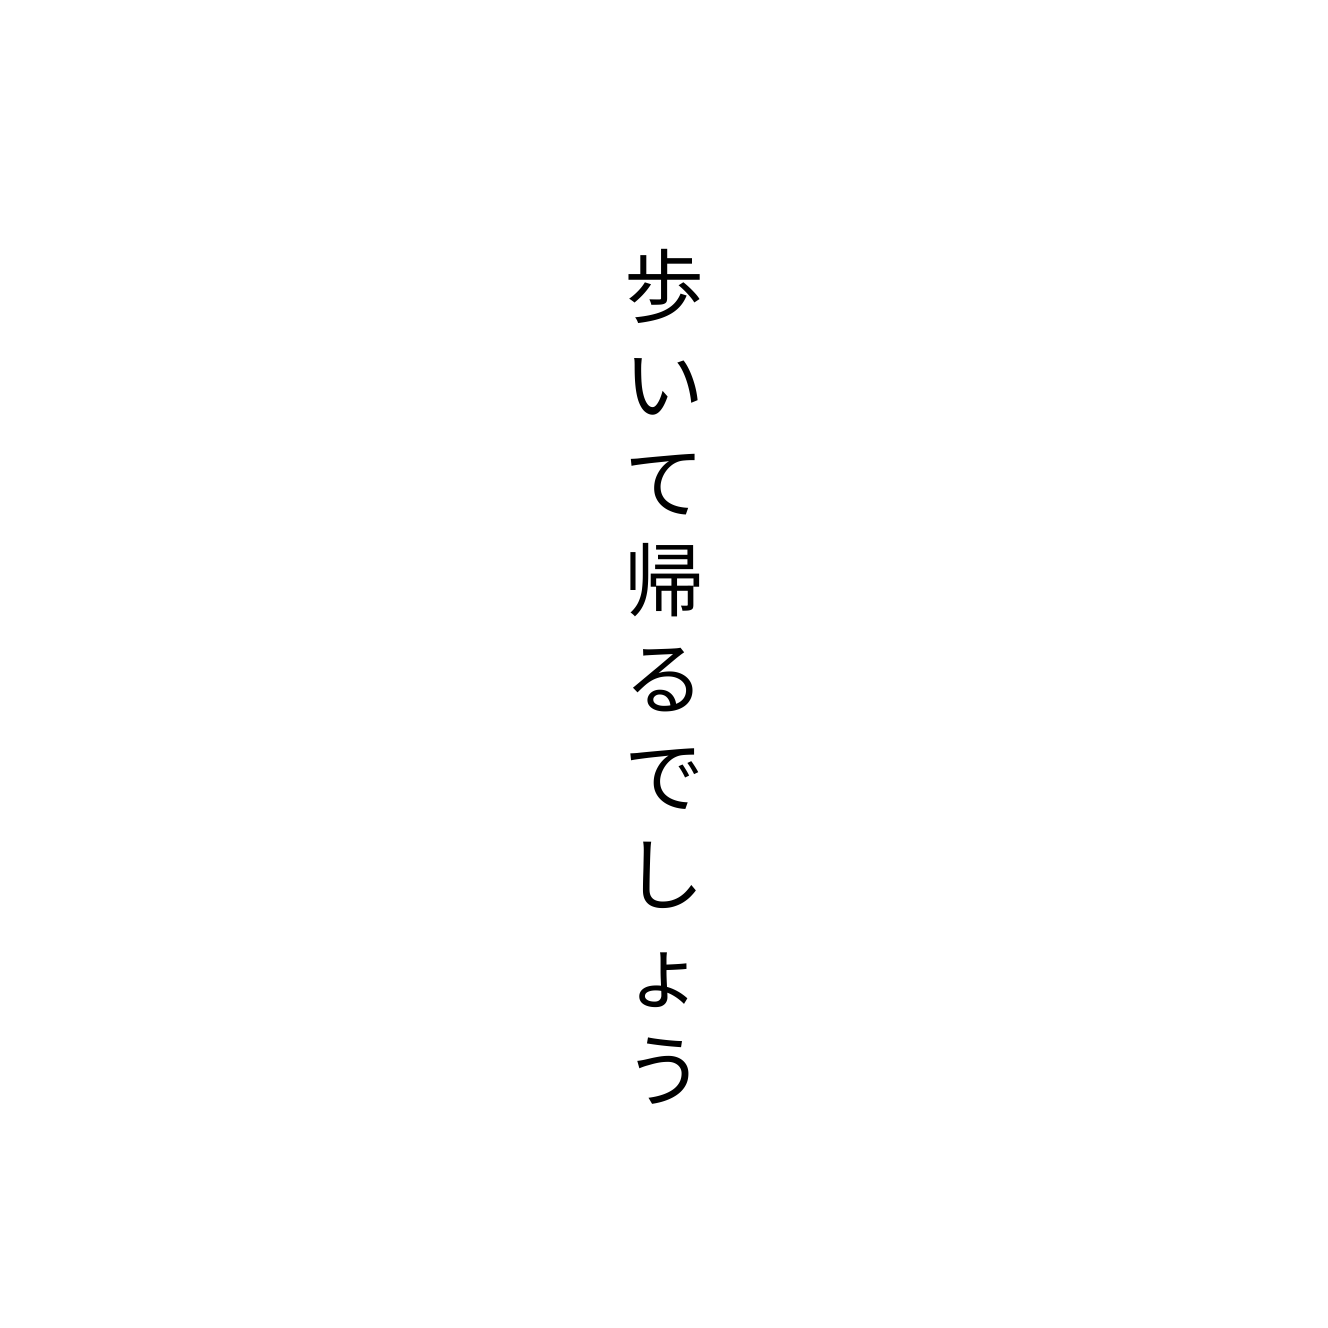
歩いて帰るでしょう